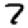
Digit: 7